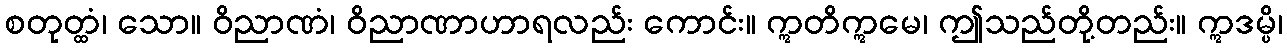
စတုတ္ထံ၊ သော။ ဝိညာဏံ၊ ဝိညာဏာဟာရလည်း ကောင်း။ ဣတိဣမေ၊ ဤသည်တို့တည်း။ ဣဒမ္ပိ၊